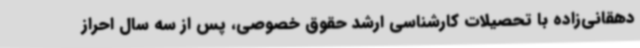
دهقانی‌زاده با تحصیلات کارشناسی ارشد حقوق خصوصی، پس از سه سال احراز